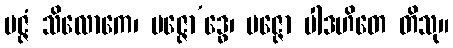
ပဇ္ဇံ သိလောကေ၊ ပဇ္ဇော’ဒ္ဓေ၊ ပဇ္ဇော ပါဒဟိတေ တိသု။